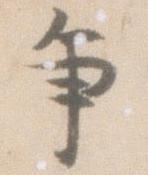
争